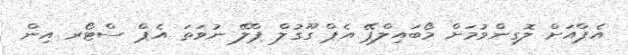
އެޕްއަށް ލޮގިންވުމަށް މޯބައިލްޕޭ އެޕް ގޫގުލް ޕްލޭ ނުވަތަ އެޕް ސްޓޯރ އިން